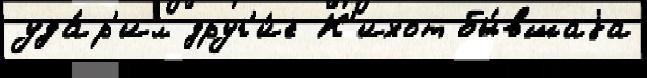
уда́р'ил друг'и́е К'ихот бы́вшаjа